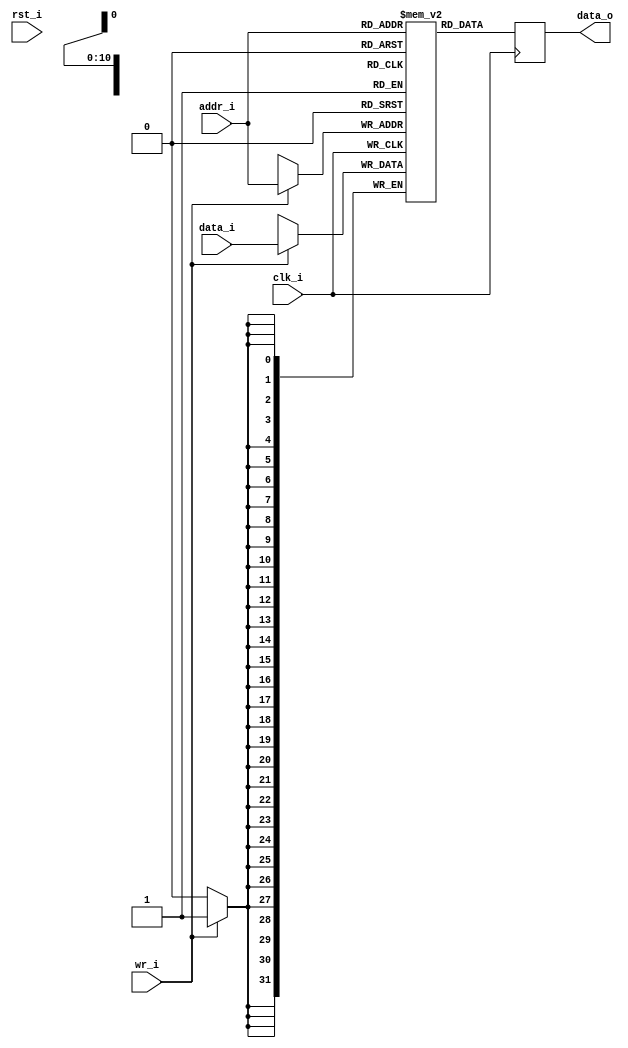
//-----------------------------------------------------------------
//                         RISC-V Top
//                            V0.6
//                     Ultra-Embedded.com
//                     Copyright 2014-2019
//
//                   admin@ultra-embedded.com
//
//                       License: BSD
//-----------------------------------------------------------------
//
// Copyright (c) 2014, Ultra-Embedded.com
// All rights reserved.
// 
// Redistribution and use in source and binary forms, with or without
// modification, are permitted provided that the following conditions 
// are met:
//   - Redistributions of source code must retain the above copyright
//     notice, this list of conditions and the following disclaimer.
//   - Redistributions in binary form must reproduce the above copyright
//     notice, this list of conditions and the following disclaimer 
//     in the documentation and/or other materials provided with the 
//     distribution.
//   - Neither the name of the author nor the names of its contributors 
//     may be used to endorse or promote products derived from this 
//     software without specific prior written permission.
// 
// THIS SOFTWARE IS PROVIDED BY THE COPYRIGHT HOLDERS AND CONTRIBUTORS 
// "AS IS" AND ANY EXPRESS OR IMPLIED WARRANTIES, INCLUDING, BUT NOT 
// LIMITED TO, THE IMPLIED WARRANTIES OF MERCHANTABILITY AND FITNESS FOR 
// A PARTICULAR PURPOSE ARE DISCLAIMED. IN NO EVENT SHALL THE AUTHOR BE 
// LIABLE FOR ANY DIRECT, INDIRECT, INCIDENTAL, SPECIAL, EXEMPLARY, OR 
// CONSEQUENTIAL DAMAGES (INCLUDING, BUT NOT LIMITED TO, PROCUREMENT OF 
// SUBSTITUTE GOODS OR SERVICES; LOSS OF USE, DATA, OR PROFITS; OR 
// BUSINESS INTERRUPTION) HOWEVER CAUSED AND ON ANY THEORY OF 
// LIABILITY, WHETHER IN CONTRACT, STRICT LIABILITY, OR TORT
// (INCLUDING NEGLIGENCE OR OTHERWISE) ARISING IN ANY WAY OUT OF 
// THE USE OF THIS SOFTWARE, EVEN IF ADVISED OF THE POSSIBILITY OF 
// SUCH DAMAGE.
//-----------------------------------------------------------------

//-----------------------------------------------------------------
//                          Generated File
//-----------------------------------------------------------------
module icache_data_ram
(
    // Inputs
     input           clk_i
    ,input           rst_i
    ,input  [ 10:0]  addr_i
    ,input  [ 31:0]  data_i
    ,input           wr_i

    // Outputs
    ,output [ 31:0]  data_o
);




//-----------------------------------------------------------------
// Single Port RAM 8KB
// Mode: Read First
//-----------------------------------------------------------------
reg [31:0]   ram [2047:0] /*verilator public*/;
reg [31:0]   ram_read_q;

// Synchronous write
always @ (posedge clk_i)
begin
    if (wr_i)
        ram[addr_i] <= data_i;
    ram_read_q <= ram[addr_i];
end

assign data_o = ram_read_q;



endmodule